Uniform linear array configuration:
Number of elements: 12
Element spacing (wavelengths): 0.25
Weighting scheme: blackman
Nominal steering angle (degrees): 60
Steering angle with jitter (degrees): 59.361
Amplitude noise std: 0.05
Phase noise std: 0.05

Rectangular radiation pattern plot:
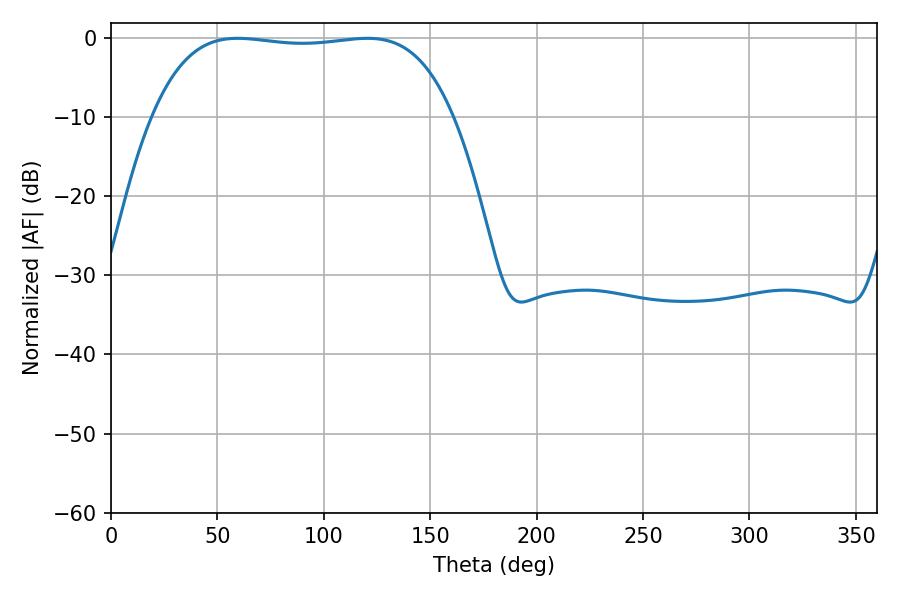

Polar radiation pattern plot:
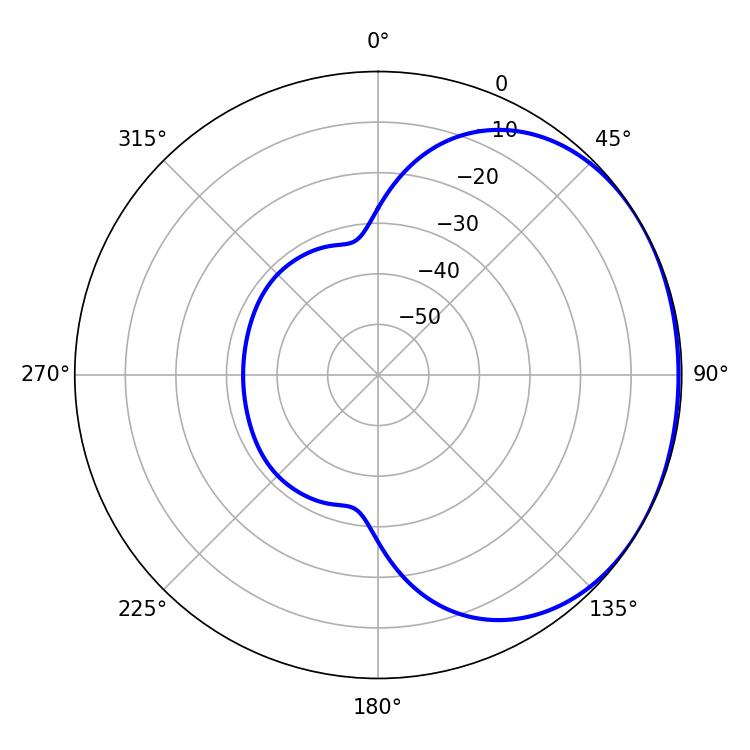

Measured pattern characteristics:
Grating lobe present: FALSE
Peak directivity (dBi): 1.092
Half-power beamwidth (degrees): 111.6
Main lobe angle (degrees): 59.58